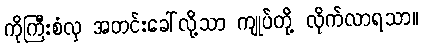
ကိုကြီးစံလှ အတင်းခေါ်လို့သာ ကျုပ်တို့ လိုက်လာရသာ။